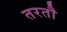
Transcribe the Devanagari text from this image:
तरतौ